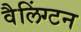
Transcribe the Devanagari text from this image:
वैलिंग्टन